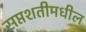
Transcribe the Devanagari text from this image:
सप्तशतीमधील